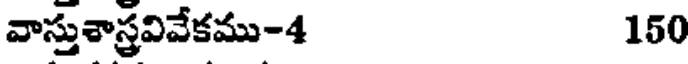
వాస్తుశాస్త్రవివేకము-4 150